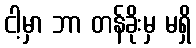
ငါ့မှာ ဘာ တန်ခိုးမှ မရှိ